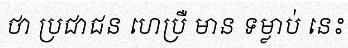
ថា ប្រជាជន ហេប្រឺ មាន ទម្លាប់ នេះ